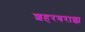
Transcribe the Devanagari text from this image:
शहरबराझ